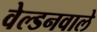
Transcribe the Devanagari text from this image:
वेल्डनवाले